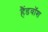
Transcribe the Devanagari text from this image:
हैंडवॉश